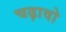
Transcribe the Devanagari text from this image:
चढ़ावो